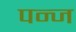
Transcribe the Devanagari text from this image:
पन्ज